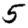
Digit: 5